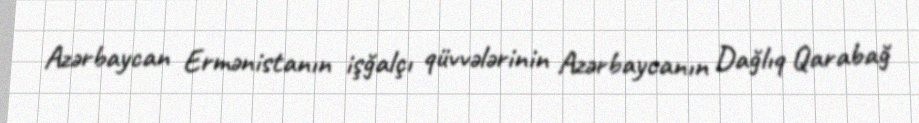
Azərbaycan Ermənistanın işğalçı qüvvələrinin Azərbaycanın Dağlıq Qarabağ